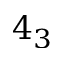
4 _ { 3 }